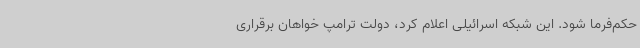
حکم‌فرما شود. این شبکه اسرائیلی اعلام کرد، دولت ترامپ خواهان برقراری